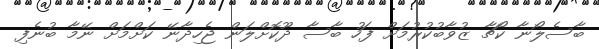
ބާސެލޯނާ ކޯޗާ ޒުވާބުކުރުމަށް ފަހު ބާސާ ދޫކޮށްލަން ޖެހިދާނޭ ކަށްމަށް ނޭމާ ބުނެފި